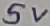
Text: 5V